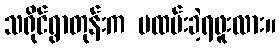
သရိုင်ရွာတုန်းက မထမ်းခဲ့ရဖူးလား။